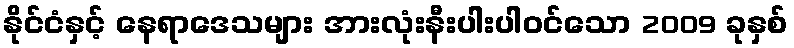
နိုင်ငံနှင့် နေရာဒေသများ အားလုံးနီးပါးပါဝင်သော 2009 ခုနှစ်